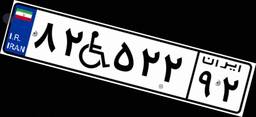
۷۹W۷۰۵۹۱